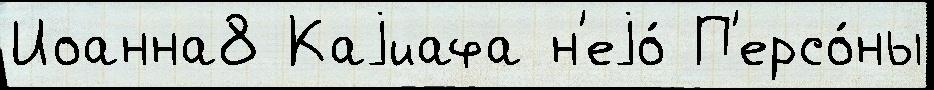
Иоанна8 Каjиафа н'еjо́ П'ерсо́ны